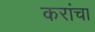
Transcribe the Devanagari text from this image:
करांचा